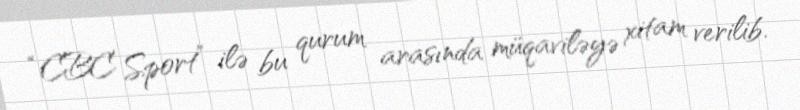
“CBC Sport” ilə bu qurum arasında müqaviləyə xitam verilib.